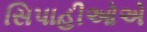
સિપાહીઓએ